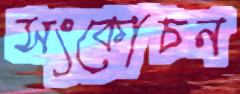
সংকোচন